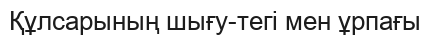
Құлсарының шығу-тегі мен ұрпағы